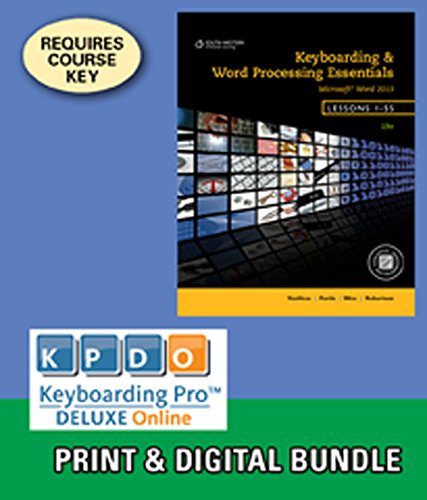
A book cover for Bundle: Keyboarding and Word Processing Essentials, Lessons 1-55, 19th +Keyboarding Pro DELUXE Online Lessons 1-55, 1 term (6 month) Printed Access Card; Donna L. Woo; Business & Money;